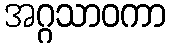
အဂ္ဂသာဝကာ